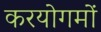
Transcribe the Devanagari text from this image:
करयोगमों